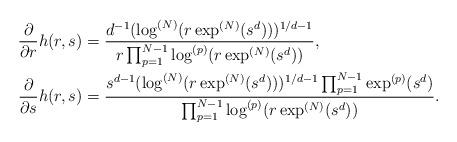
LaTeX: \begin{align*}\frac{\partial}{\partial r}h(r,s)&=\frac{d^{-1}(\log^{(N)}(r\exp^{(N)}(s^d)))^{1/d-1}}{r\prod_{p=1}^{N-1} \log^{(p)}(r\exp^{(N)}(s^d))},\\ \frac{\partial}{\partial s}h(r,s)&=\frac{s^{d-1}(\log^{(N)}(r\exp^{(N)}(s^d)))^{1/d-1}\prod_{p=1}^{N-1} \exp^{(p)}(s^d)}{\prod_{p=1}^{N-1} \log^{(p)}(r\exp^{(N)}(s^d))}.\end{align*}